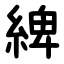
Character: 綼